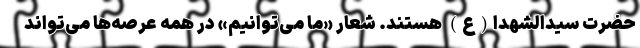
حضرت سیدالشهدا(ع) هستند. شعار «ما می‌توانیم» در همه عرصه‌ها می‌تواند